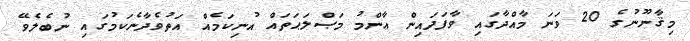
މިޤާނޫނުގެ 20 ވަނަ މާއްދާގައި ވާފަދައިން ޢާންމު މަޞްލަޙަތައް އުނިކަމެއް އަތުވެދާނެކަމުގައި ނުބެލެވޭ